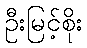
ဦးမြင့်စိုး